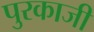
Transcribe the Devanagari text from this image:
पुरकाजी